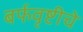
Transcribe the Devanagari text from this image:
बर्फवृष्टीचे